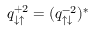
q _ { \downarrow \uparrow } ^ { + 2 } = ( q _ { \uparrow \downarrow } ^ { - 2 } ) ^ { * }